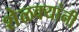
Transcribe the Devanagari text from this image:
शेळक्यांनी